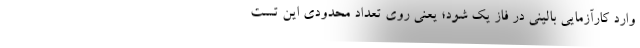
وارد کارآزمایی بالینی در فاز یک شود؛ یعنی روی تعداد محدودی این تست